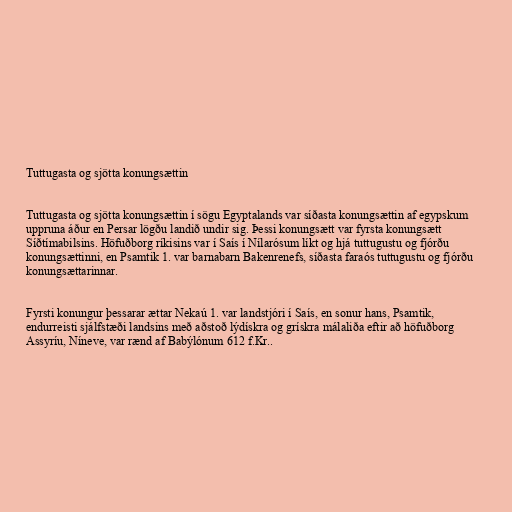
Tuttugasta og sjötta konungsættin

Tuttugasta og sjötta konungsættin í sögu Egyptalands var síðasta konungsættin af egypskum
uppruna áður en Persar lögðu landið undir sig. Þessi konungsætt var fyrsta konungsætt
Síðtímabilsins. Höfuðborg ríkisins var í Saís í Nílarósum líkt og hjá tuttugustu og fjórðu
konungsættinni, en Psamtik 1. var barnabarn Bakenrenefs, síðasta faraós tuttugustu og fjórðu
konungsættarinnar.

Fyrsti konungur þessarar ættar Nekaú 1. var landstjóri í Saís, en sonur hans, Psamtik,
endurreisti sjálfstæði landsins með aðstoð lýdískra og grískra málaliða eftir að höfuðborg
Assyríu, Níneve, var rænd af Babýlónum 612 f.Kr..